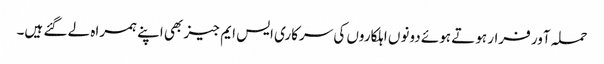
حملہ آور فرار ہوتے ہوئے دونوں اہلکاروں کی سرکاری ایس ایم جیز بھی اپنے ہمراہ لے گئے ہیں۔